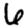
Digit: 6